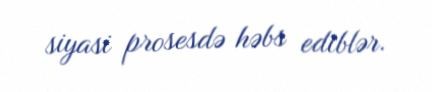
siyasi prosesdə həbs ediblər.